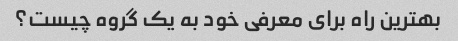
بهترین راه برای معرفی خود به یک گروه چیست؟